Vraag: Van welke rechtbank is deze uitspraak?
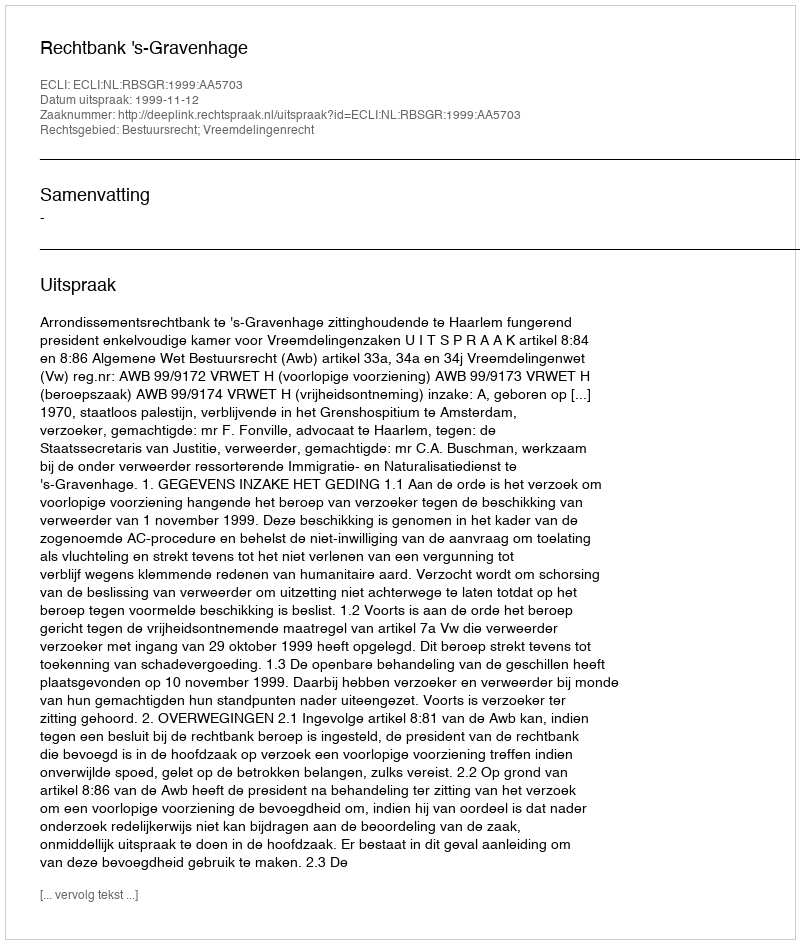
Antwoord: Rechtbank 's-Gravenhage